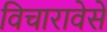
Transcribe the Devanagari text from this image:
विचारावेसे